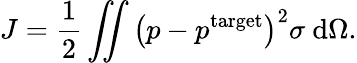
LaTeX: J=\frac{1}{2}\iint\left(p-p^{\mathrm{target}}\right)^{2}\sigma~\mathrm d\Omega.